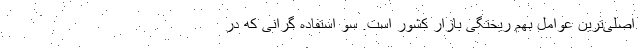
اصلی‌ترین عوامل بهم ریختگی بازار کشور است. سو استفاده گرانی که در